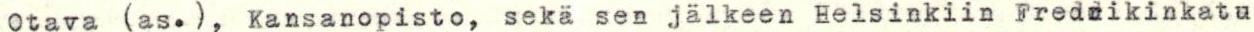
Otava (as.), Kansanopisto, sekä sen jälkeen Helsinkiin Fredrikinkatu